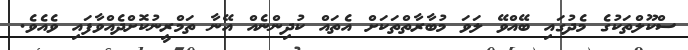
ސްކޫލްތަކުގެ މެދުގައި ބޭއްވޭ ލަވަ މުބާރާތްތަކަށް އެތައް ކުދިންނެއް އޭނާ ތަމްރީނުކޮށްދެއްވާފައި ވެއެވެ.